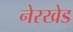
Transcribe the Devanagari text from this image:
नेरखेड